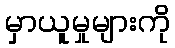
မှာယူမှုများကို